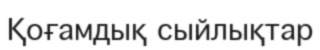
Қоғамдық сыйлықтар